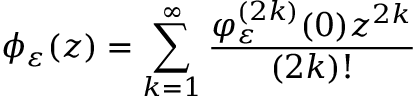
\phi _ { \varepsilon } ( z ) = \sum _ { k = 1 } ^ { \infty } \frac { \varphi _ { \varepsilon } ^ { ( 2 k ) } ( 0 ) z ^ { 2 k } } { ( 2 k ) ! }